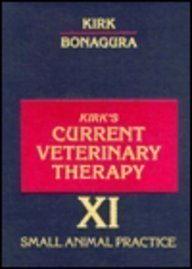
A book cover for Small Animal Practice (Current Veterinary Therapy, XI) (No. 11); Robert W. Kirk; Medical Books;